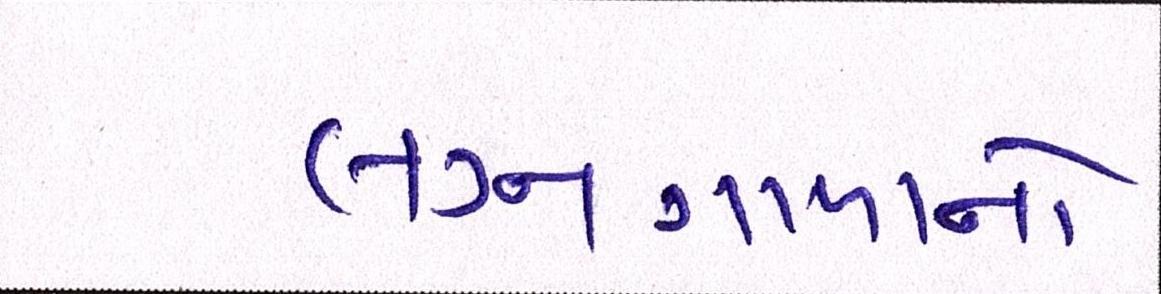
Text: લગ્નગાળાનો